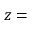
z =